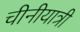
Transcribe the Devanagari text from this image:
चीनीयात्री